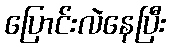
ပြောင်းလဲနေပြီး